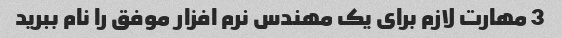
3 مهارت لازم برای یک مهندس نرم افزار موفق را نام ببرید